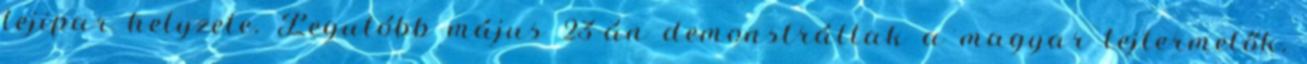
tejipar helyzete. Legutóbb május 23-án demonstráltak a magyar tejtermelők,